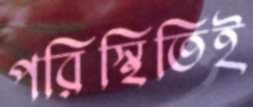
পরিস্থিতিই